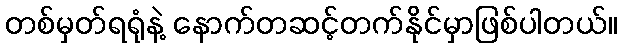
တစ်မှတ်ရရုံနဲ့ နောက်တဆင့်တက်နိုင်မှာဖြစ်ပါတယ်။